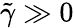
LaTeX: \tilde{\gamma}\gg 0